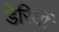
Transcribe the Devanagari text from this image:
डेरियों